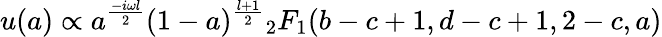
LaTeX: u(a)\propto a^{\frac{-i\omega l}{2}}(1-a)^{\frac{l+1}{2}}{}_{2}F_{1}(b-c+1,d-c+1,2-c,a)